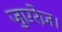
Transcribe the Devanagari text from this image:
जुएरेज़।